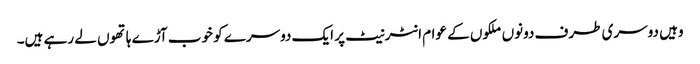
وہیں دوسری طرف دونوں ملکوں کے عوام انٹرنیٹ پر ایک دوسرے کو خوب آڑے ہاتھوں لے رہے ہیں۔